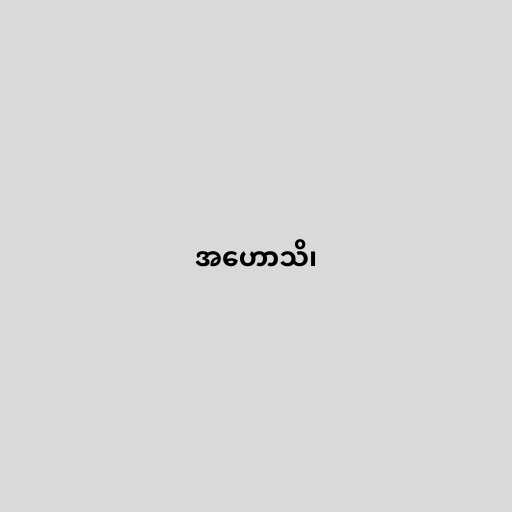
အဟောသိ၊